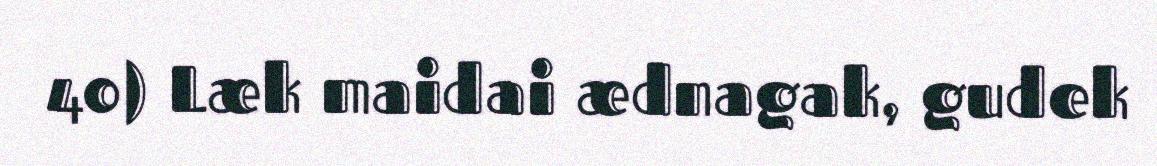
40) Læk maidai ædnagak, gudek